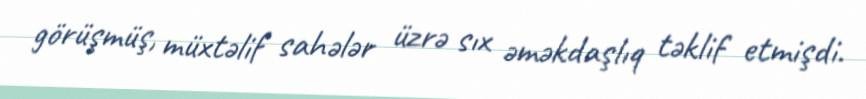
görüşmüş, müxtəlif sahələr üzrə sıx əməkdaşlıq təklif etmişdi.